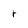
Character: r